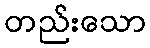
တည်းသော